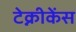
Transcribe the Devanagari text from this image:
टेक्नीकेंस